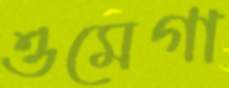
ওমেগা